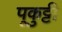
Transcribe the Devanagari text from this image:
पूकुट्टी